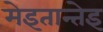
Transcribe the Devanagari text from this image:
मेइतान्तेइ